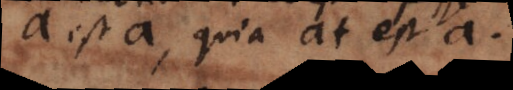
est a, quia at est a.